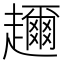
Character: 趰